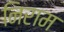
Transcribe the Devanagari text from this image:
निराम